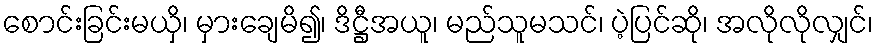
စောင်းခြင်းမယှိ၊ မှားချေမိ၍၊ ဒိဋ္ဌီအယူ၊ မည်သူမသင်၊ ပဲ့ပြင်ဆို၊ အလိုလိုလျှင်၊